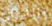
يربحون